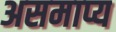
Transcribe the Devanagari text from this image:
असमाप्य